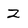
Character: Z